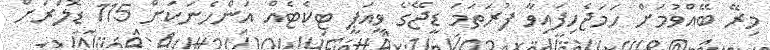
މިރޭ ބޭއްވުމަށް ހަމަޖެހިފައިވާ ފުރަތަމަ ޑީޖޭގެ ވީއަޕީ ޓިކެޓެއް އަންހެނަކަށް 115 ޑޮލަަރަށް